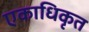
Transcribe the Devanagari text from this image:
एकाधिकृत